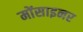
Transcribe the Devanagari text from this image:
मोंसाइनर